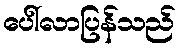
ပေါ်လာပြန်သည်